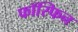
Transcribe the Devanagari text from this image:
फॉस्फिन